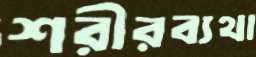
শরীরব্যথা